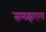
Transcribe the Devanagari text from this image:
समझाएगा